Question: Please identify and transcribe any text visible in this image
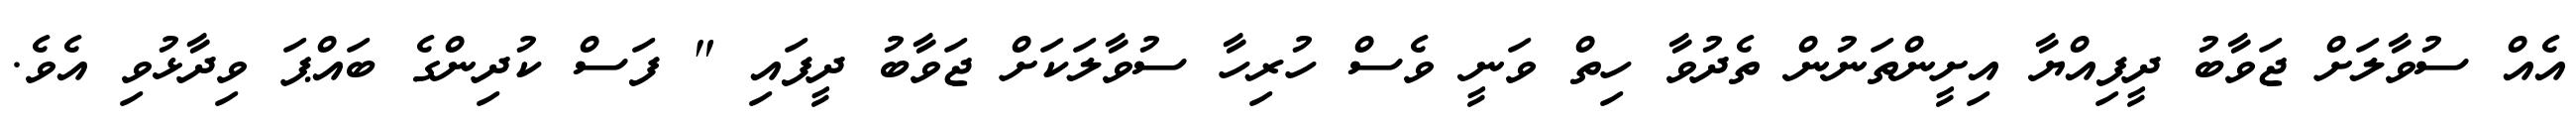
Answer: އެއް ސުވާލަށް ޖަވާބު ދީފިއްޔާ އިށީންތަނުން ތެދުވާ ހިތް ވަނީ ވެސް ހުރިހާ ސުވާލަކަށް ޖަވާބު ދީފައި " ފަސް ކުދިންގެ ބައްޕަ ވިދާޅުވި އެވެ.